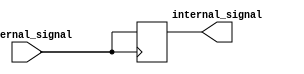
module IO_Block_ECL_Buffer (
    input wire external_signal,
    output reg internal_signal
);

always @ (posedge external_signal)
    internal_signal <= external_signal;

endmodule